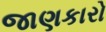
જાણકારો